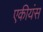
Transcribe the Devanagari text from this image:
एकीयंस